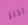
تدبر